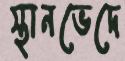
স্থানভেদে